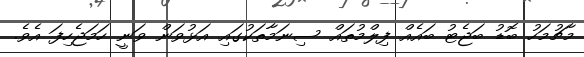
މާޗުމަހު ބޮޑު ބަޖެޓު ބައެއް ފިލްމުތައް ސިނަމާތަކުގައި އަޅުވަން ވަނީ ހަމަޖެހިފަ އެވެ.